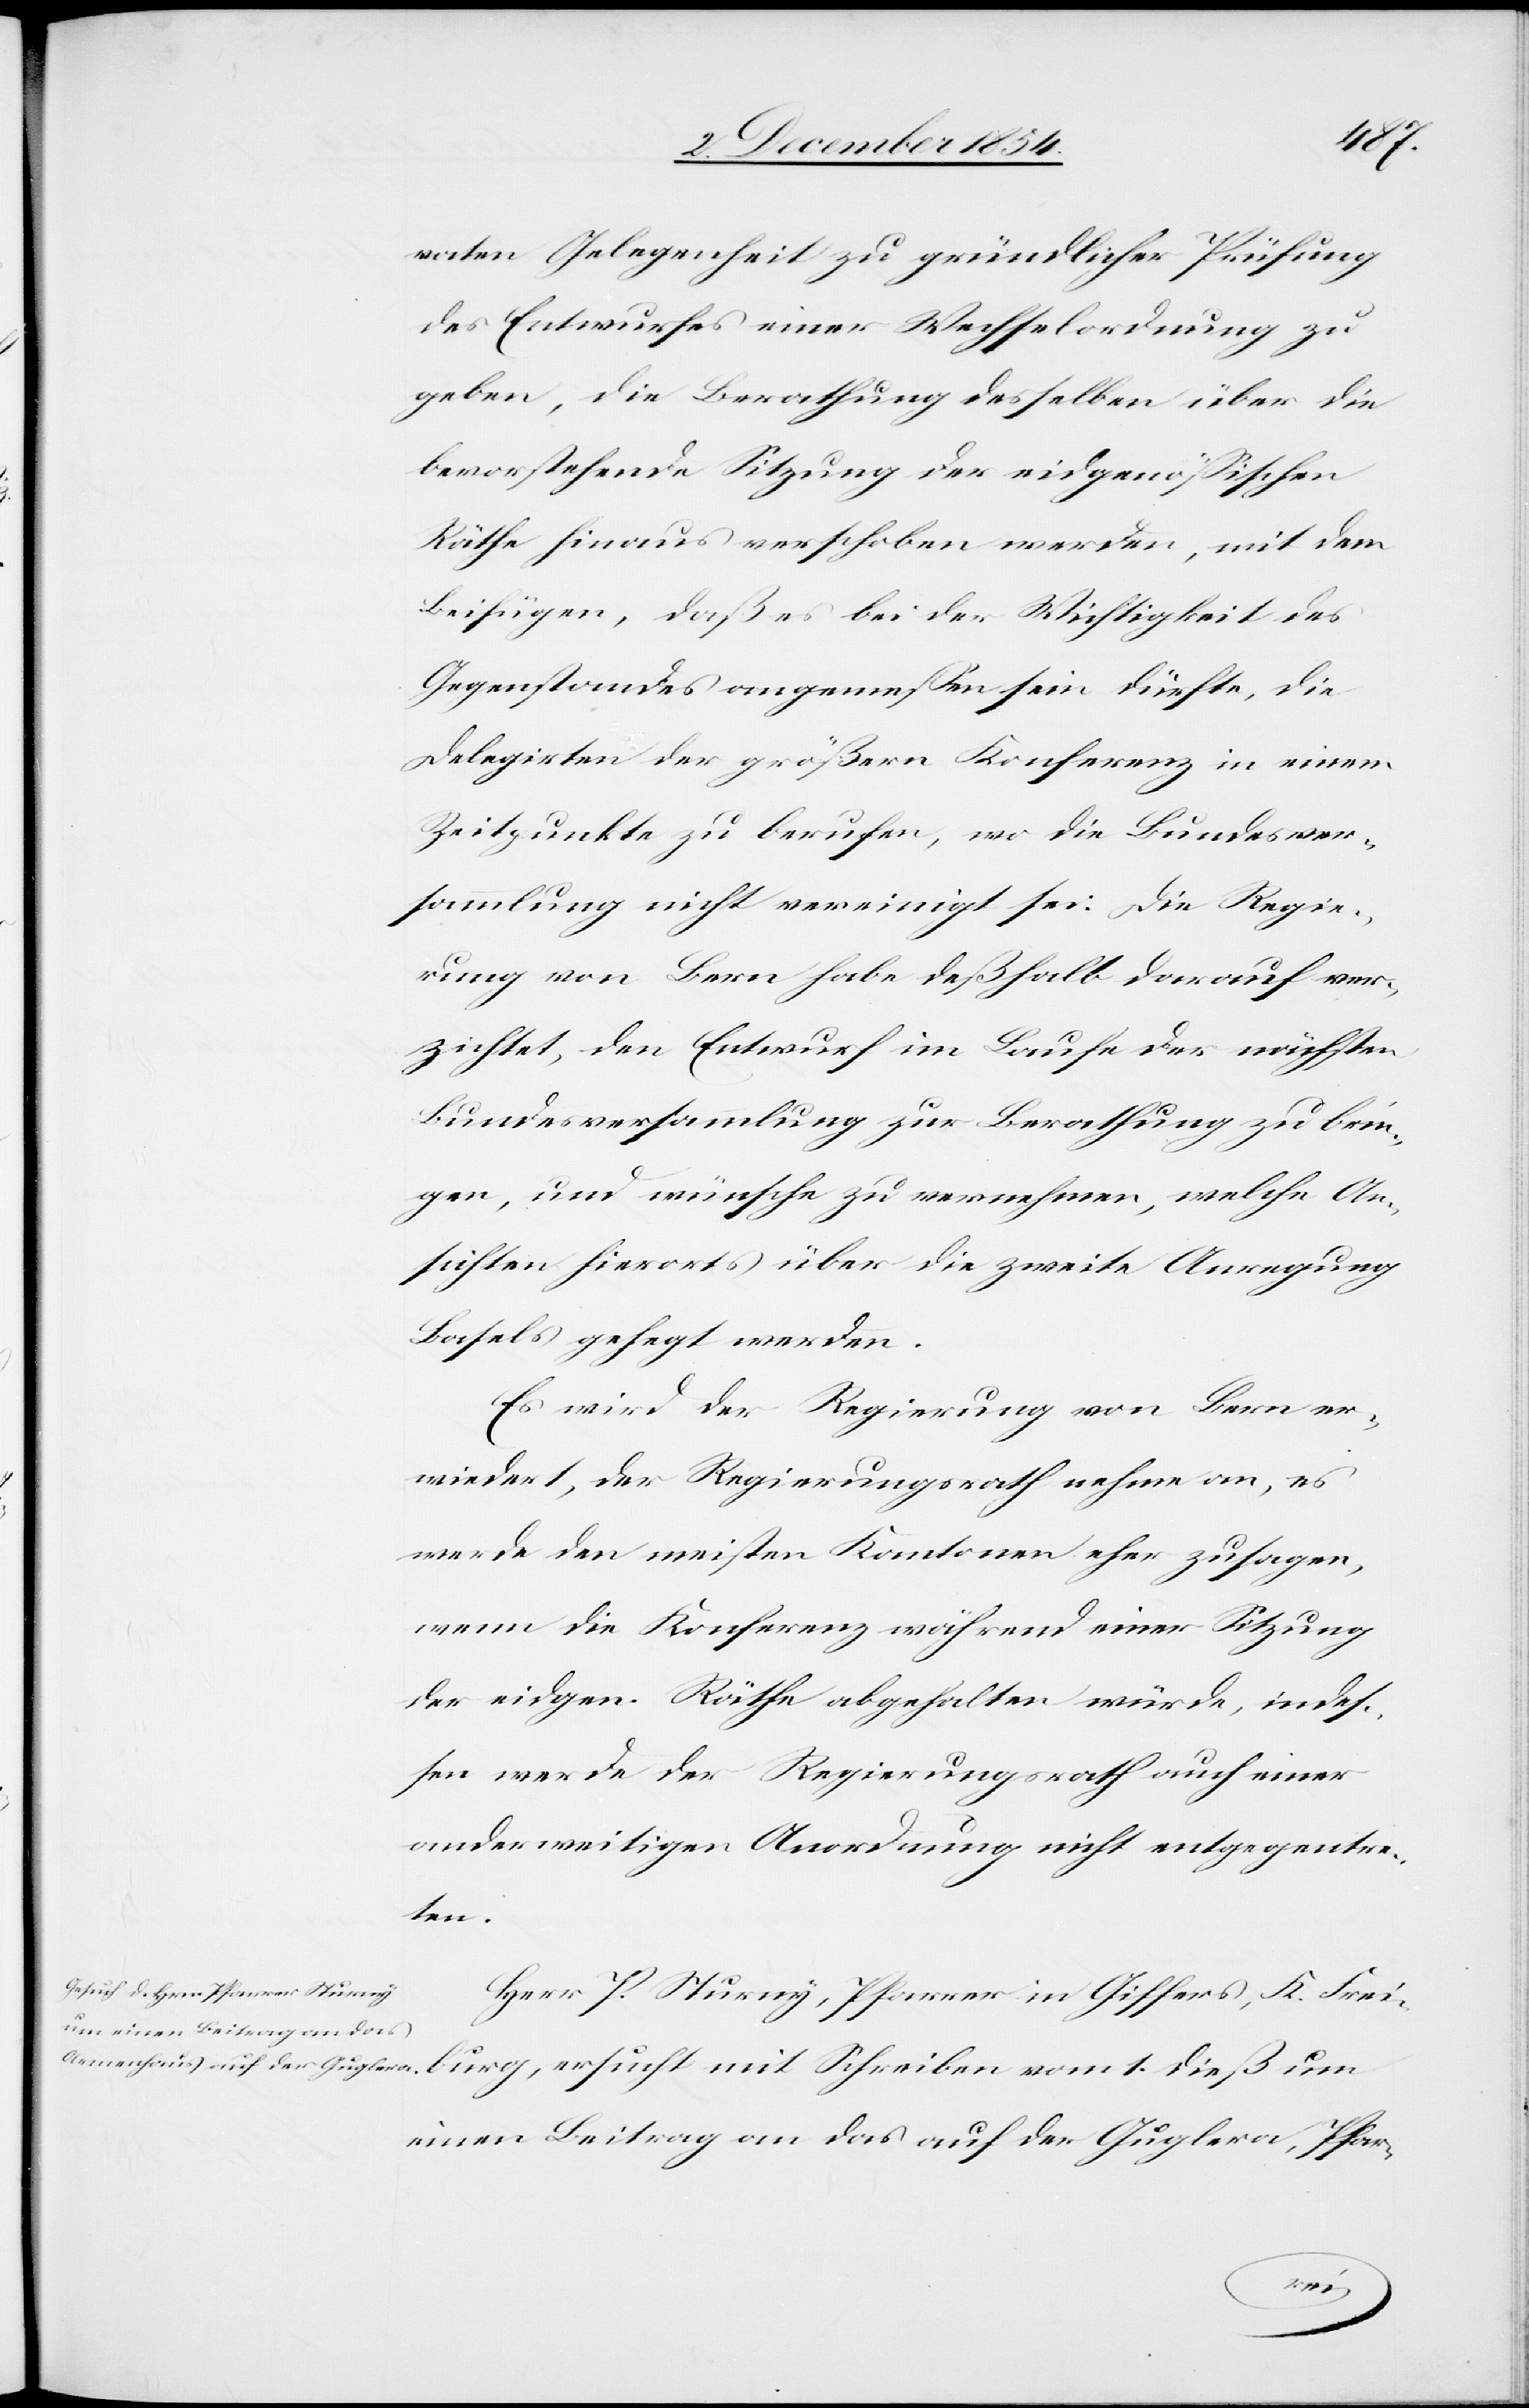
1.
vaten Gelegenheit zu gründlicher Prüfung
des Entwurfes einer Wechselordnung zu
geben, die Berathung desselben über die
bevorstehende Sitzung der eidgenößischen
Räthe hinaus verschoben werden, mit dem
Beifügen, daß es bei der Wichtigkeit des
Gegenstandes angemeßen sein dürfte, die
Delegirten der größern Konferenz in einem
Zeitpunkte zu berufen, wo die Bundesver¬
sammlung nicht vereinigt sei. Die Regie¬
rung von Bern habe deßhalb darauf ver¬
zichtet, den Entwurf im Laufe der nächsten
Bundesversammlung zur Berathung zu brin¬
gen, und wünsche zu vernehmen, welche An¬
sichten hierorts über die zweite Anregung
Basels gehegt werden.
Es wird der Regierung von Bern er¬
wiedert, der Regierungsrath nehme an, es
werde den meisten Kantonen eher zusagen,
wenn die Konferenz während einer Sitzung
der eidgen. Räthe abgehalten würde, indeß¬
en werde der Regierungsrath auch einer
anderweitigen Anordnung nicht entgegentre¬
ten.
Herr P. Sturny, Pfarrer in Giffers, K. Frei¬
einen Beitrag an das auf der Guglera, Pfar-
dieß